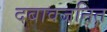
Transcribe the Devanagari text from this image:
दबावजनित